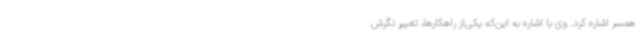
همسر اشاره کرد. وی با اشاره به این‌که یکی‌از راهکارها، تغییر نگرش